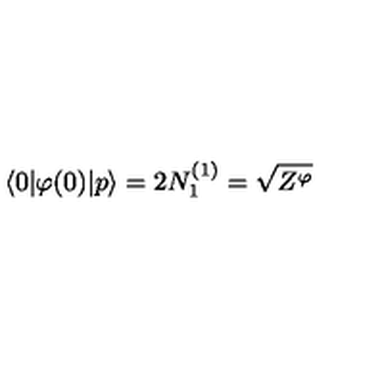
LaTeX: \langle 0 | \varphi ( 0 ) | p \rangle = 2 N _ { 1 } ^ { ( 1 ) } = \sqrt { Z ^ { \varphi } }